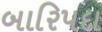
બારિપદા